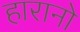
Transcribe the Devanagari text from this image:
हारानो